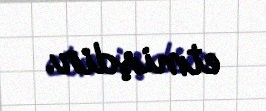
etmişdir.